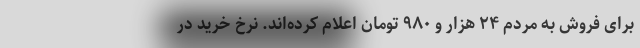
برای فروش به مردم ۲۴ هزار و ۹۸۰ تومان اعلام کرده‌اند. نرخ خرید در